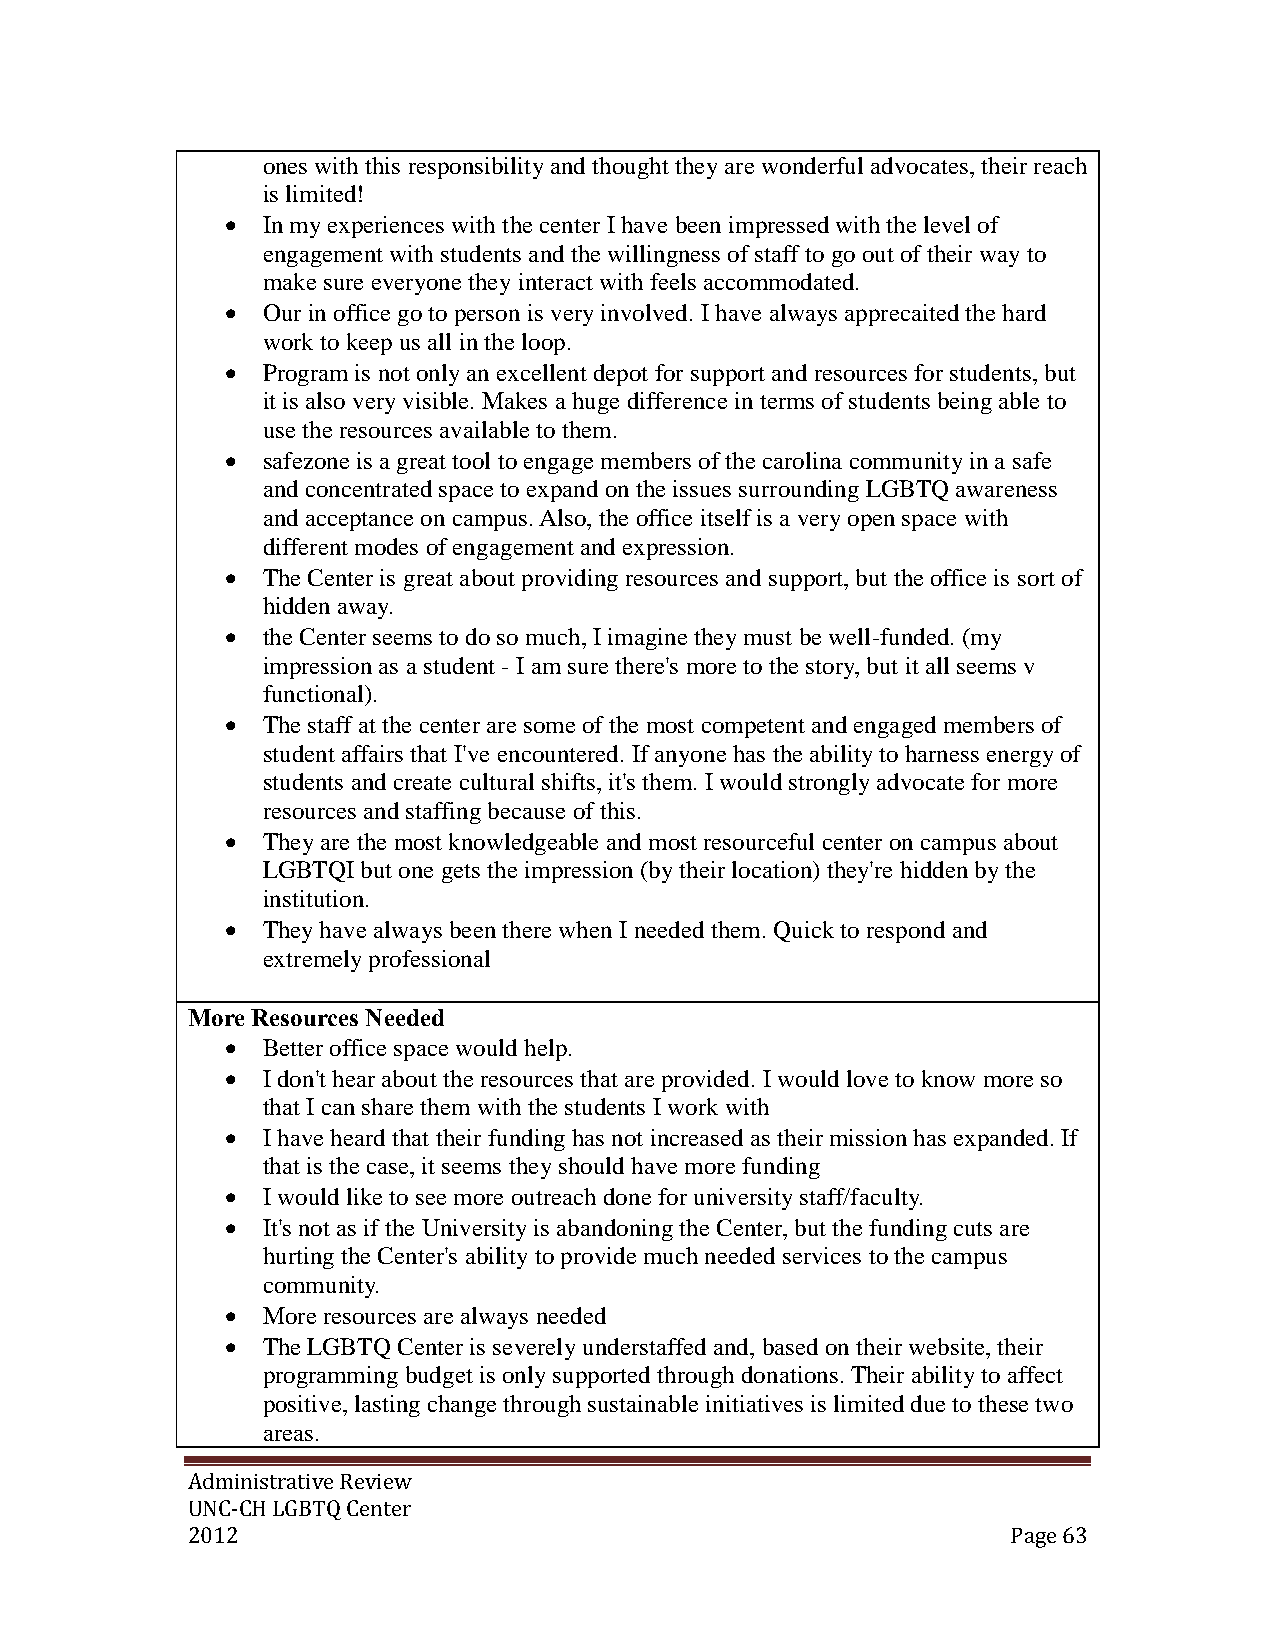
ones with this responsibility and thought they are wonderful advocates, their reach
 is limited!
  In my experiences with the center I have been impressed with the level of
 engagement with students and the willingness of staff to go out of their way to
 make sure everyone they interact with feels accommodated.
  Our in office go to person is very involved. I have always apprecaited the hard
 work to keep us all in the loop.
  Program is not only an excellent depot for support and resources for students, but
 it is also very visible. Makes a huge difference in terms of students being able to
 use the resources available to them.
  safezone is a great tool to engage members of the carolina community in a safe
 and concentrated space to expand on the issues surrounding LGBTQ awareness
 and acceptance on campus. Also, the office itself is a very open space with
 different modes of engagement and expression.
  The Center is great about providing resources and support, but the office is sort of
 hidden away.
  the Center seems to do so much, I imagine they must be well-funded. (my
 impression as a student - I am sure there's more to the story, but it all seems v
 functional).
  The staff at the center are some of the most competent and engaged members of
 student affairs that I've encountered. If anyone has the ability to harness energy of
 students and create cultural shifts, it's them. I would strongly advocate for more
 resources and staffing because of this.
  They are the most knowledgeable and most resourceful center on campus about
 LGBTQI but one gets the impression (by their location) they're hidden by the
 institution.
  They have always been there when I needed them. Quick to respond and
 extremely professional
 More Resources Needed
  Better office space would help.
  I don't hear about the resources that are provided. I would love to know more so
 that I can share them with the students I work with
  I have heard that their funding has not increased as their mission has expanded. If
 that is the case, it seems they should have more funding
  I would like to see more outreach done for university staff/faculty.
  It's not as if the University is abandoning the Center, but the funding cuts are
 hurting the Center's ability to provide much needed services to the campus
 community.
  More resources are always needed
  The LGBTQ Center is severely understaffed and, based on their website, their
 programming budget is only supported through donations. Their ability to affect
 positive, lasting change through sustainable initiatives is limited due to these two
 areas.
 Administrative Review
 UNC-CH LGBTQ Center
 2012                                                   Page 63